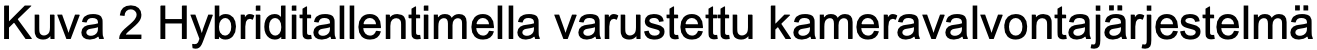
Kuva 2 Hybriditallentimella varustettu kameravalvontajärjestelmä